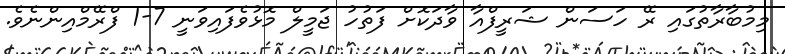
މިމުބާރާތުގައި ރޭ ހަސަން ޝަރީފްއާ ވާދަކޮށް ފަތުހު ޖަމީލް މޮޅުވެފައިވަނީ 7-1 ފްރޭމްއިންނެވެ.